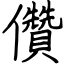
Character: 儹